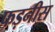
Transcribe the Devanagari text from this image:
फड़नीस